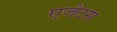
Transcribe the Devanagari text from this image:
एजेंटस